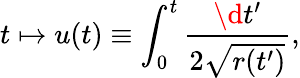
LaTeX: t\mapsto u(t)\equiv\int_{0}^{t}\frac{\d t^{\prime}}{2\sqrt{r(t^{\prime})}},